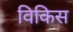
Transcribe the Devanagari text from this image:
विकिस